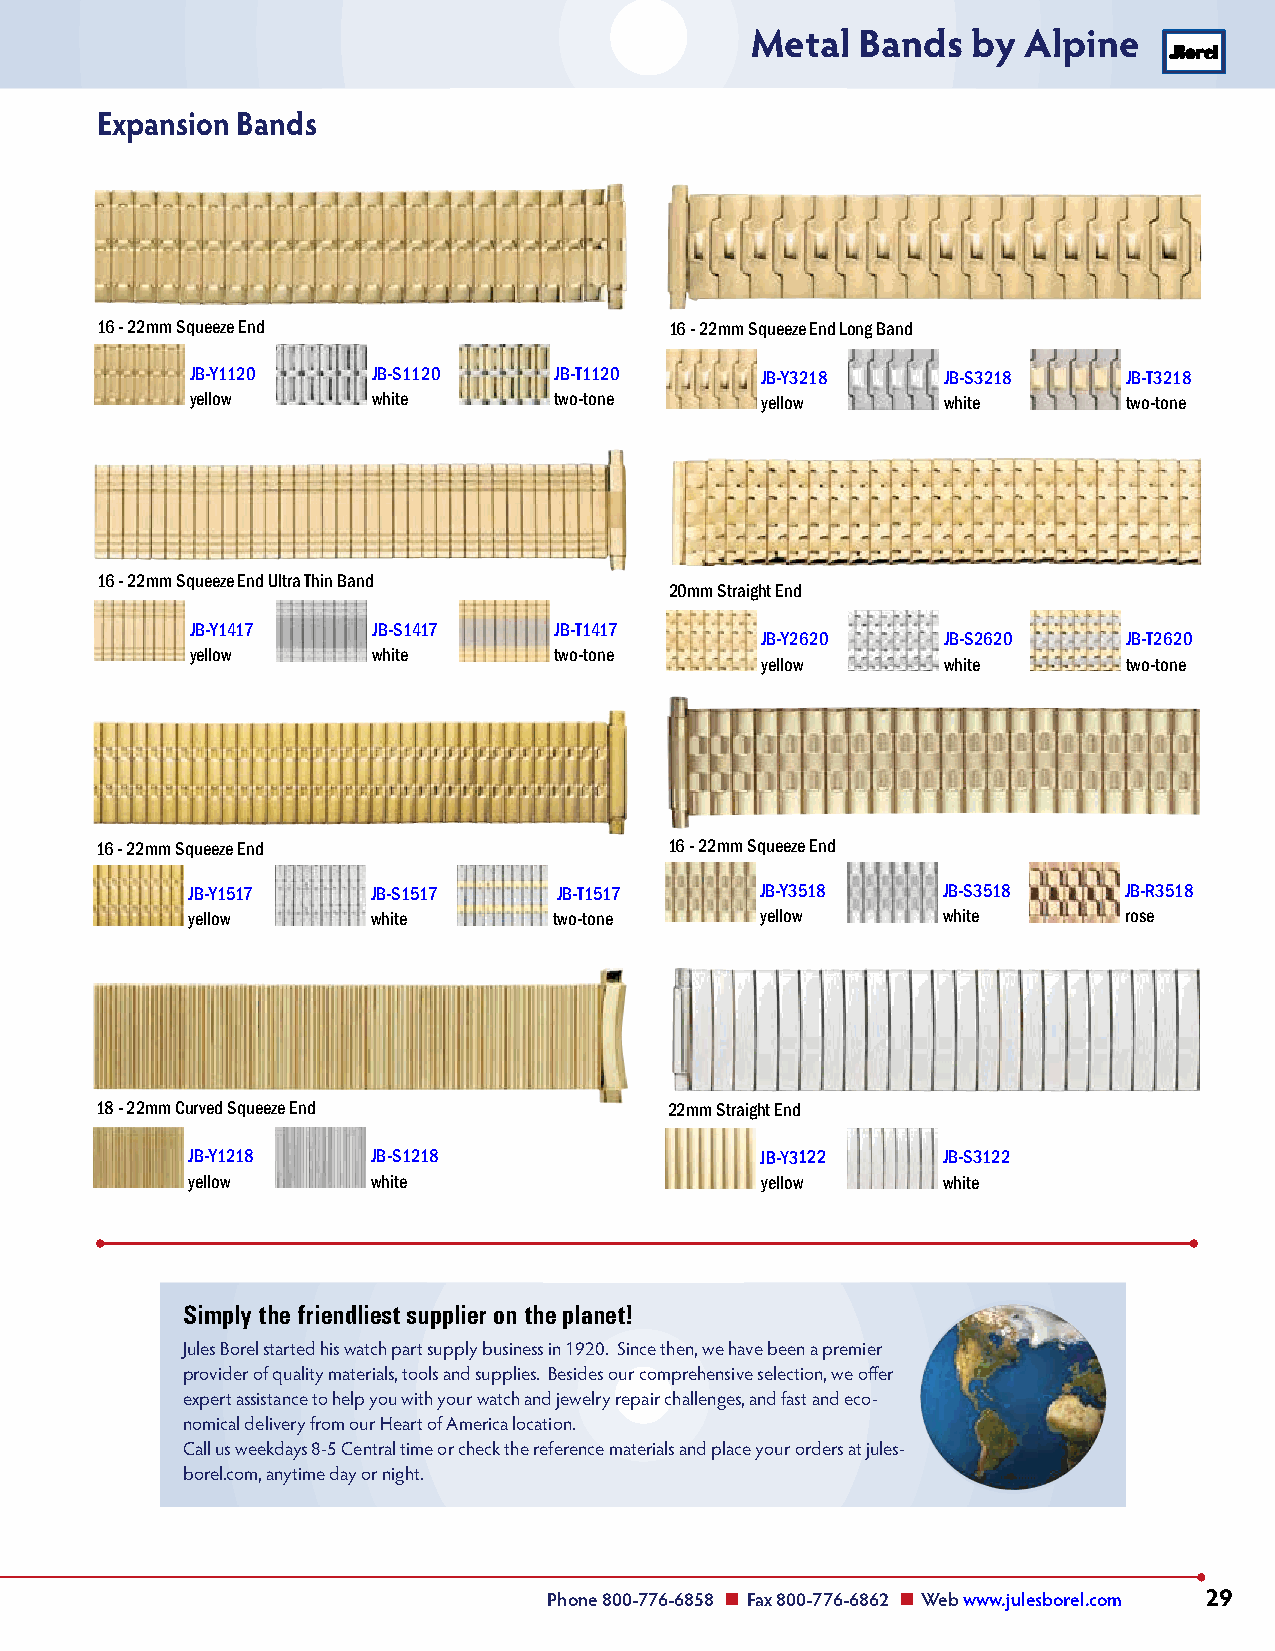
Metal  Bands  by  Alpine
 Expansion Bands
 16 - 22mm Squeeze End                 16 - 22mm Squeeze End Long Band
 JB-Y1120    JB-S1120    JB-T1120     JB-Y3218    JB-S3218     JB-T3218
 yellow      white       two-tone     yellow      white        two-tone
 16 - 22mm Squeeze End Ultra Thin Band
 20mm Straight End
 JB-Y1417    JB-S1417    JB-T1417
 JB-Y2620    JB-S2620     JB-T2620
 yellow      white       two-tone
 yellow      white        two-tone
 16 - 22mm Squeeze End                 16 - 22mm Squeeze End
 JB-Y1517     JB-S1517    JB-T1517     JB-Y3518    JB-S3518    JB-R3518
 yellow       white       two-tone     yellow      white       rose
 18 - 22mm Curved Squeeze End          22mm Straight End
 JB-Y1218     JB-S1218                 JB-Y3122    JB-S3122
 yellow       white                    yellow      white
 Simply the friendliest supplier on the planet!
 Jules Borel started his watch part supply business in 1920. Since then, we have been a premier
 provider of quality materials, tools and supplies. Besides our comprehensive selection, we offer
 expert assistance to help you with your watch and jewelry repair challenges, and fast and eco-
 nomical delivery from our Heart of America location.
 Call us weekdays 8-5 Central time or check the reference materials and place your orders at jules-
 borel.com, anytime day or night.
 Phone 800-776-6858 n Fax 800-776-6862 n Web www.julesborel.com 29